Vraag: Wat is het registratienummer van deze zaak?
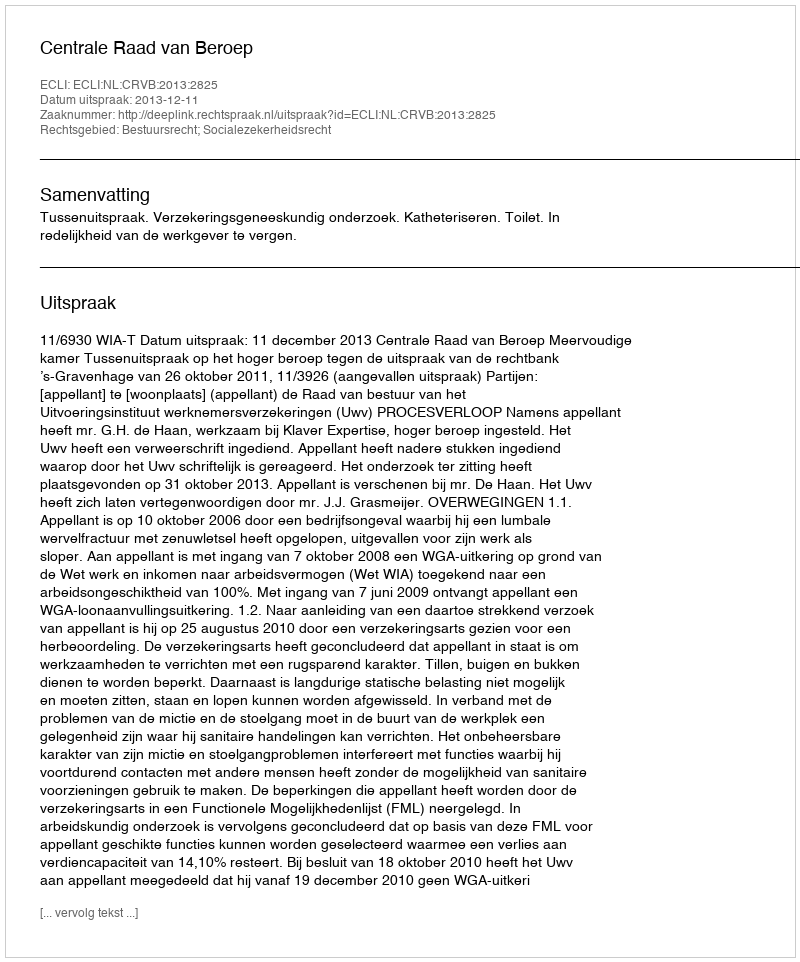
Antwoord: http://deeplink.rechtspraak.nl/uitspraak?id=ECLI:NL:CRVB:2013:2825